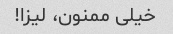
خیلی ممنون، لیزا!